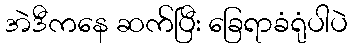
အဲဒီကနေ ဆက်ပြီး ခြေရာခံရုံပါပဲ